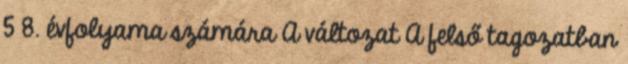
5 8. évfolyama számára A változat A felső tagozatban